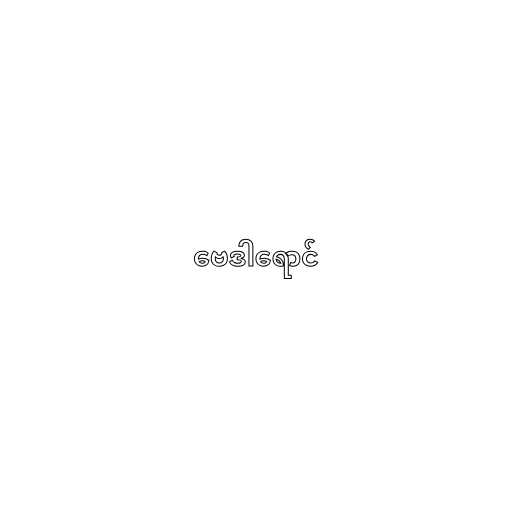
ဗေဒါရောင်